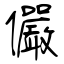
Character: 儼